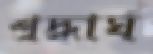
শ্রদ্ধার্ঘ